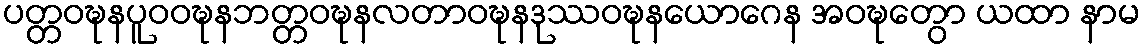
ပတ္တဝဍ္ဎနပူဝဝဍ္ဎနဘတ္တဝဍ္ဎနလတာဝဍ္ဎနဒုဿဝဍ္ဎနယောဂေန အဝဍ္ဎေတွာ ယထာ နာမ